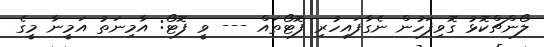
ލޯންޗްކޮޅު ގޮވިފަހުން ނެގާފައިހުރި ފޮޓޯތައް --- ވީ ފޮޓޯ: އާމިނަތު އަމީނާ މީގެ